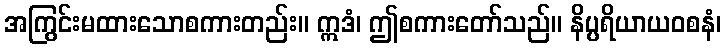
အကြွင်းမထားသောစကားတည်း။ ဣဒံ၊ ဤစကားတော်သည်။ နိပ္ပရိယာယဝစနံ၊